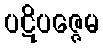
ပဋိပဇ္ဇေမ